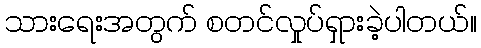
သားရေးအတွက် စတင်လှုပ်ရှားခဲ့ပါတယ်။